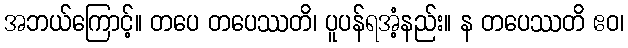
အဘယ်ကြောင့်။ တပေ တပေဿတိ၊ ပူပန်ရအံ့နည်း။ န တပေဿတိ ဧဝ၊